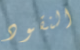
النقود